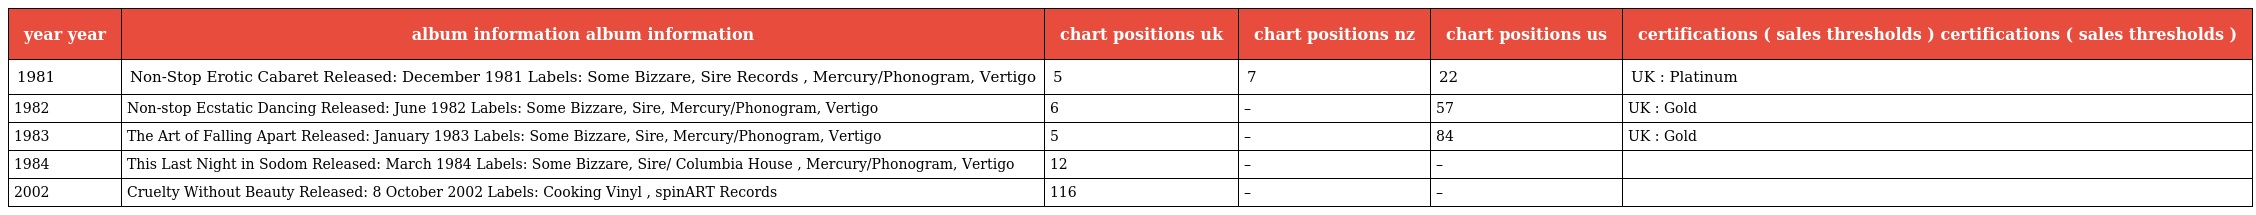
| year year | album information album information | chart positions uk | chart positions nz | chart positions us | certifications ( sales thresholds ) certifications ( sales thresholds ) |
 | --- | --- | --- | --- | --- | --- |
 | 1981 | Non-Stop Erotic Cabaret Released: December 1981 Labels: Some Bizzare, Sire Records , Mercury/Phonogram, Vertigo | 5 | 7 | 22 | UK : Platinum |
 | 1982 | Non-stop Ecstatic Dancing Released: June 1982 Labels: Some Bizzare, Sire, Mercury/Phonogram, Vertigo | 6 | – | 57 | UK : Gold |
 | 1983 | The Art of Falling Apart Released: January 1983 Labels: Some Bizzare, Sire, Mercury/Phonogram, Vertigo | 5 | – | 84 | UK : Gold |
 | 1984 | This Last Night in Sodom Released: March 1984 Labels: Some Bizzare, Sire/ Columbia House , Mercury/Phonogram, Vertigo | 12 | – | – |  |
 | 2002 | Cruelty Without Beauty Released: 8 October 2002 Labels: Cooking Vinyl , spinART Records | 116 | – | – |  |